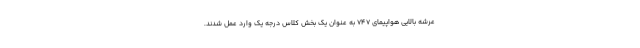
عرشه بالایی هواپیمای 747 به عنوان یک بخش کلاس درجه یک وارد عمل شدند.